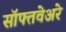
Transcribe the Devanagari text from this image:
सॉफ्तवेअरे